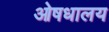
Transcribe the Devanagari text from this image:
ओषधालय